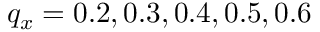
q _ { x } = 0 . 2 , 0 . 3 , 0 . 4 , 0 . 5 , 0 . 6